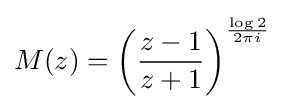
M(z)=\left({\frac {z-1}{z+1}}\right)^{\frac {\log {2}}{2\pi i}}